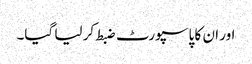
اور ان کا پاسپورٹ ضبط کر لیا گیا۔